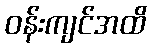
ဝန်းကျင်အထိ